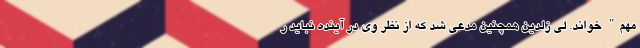
مهم" خواند. لی زلدین همچنین مدعی شد که از نظر وی در آینده نباید ر